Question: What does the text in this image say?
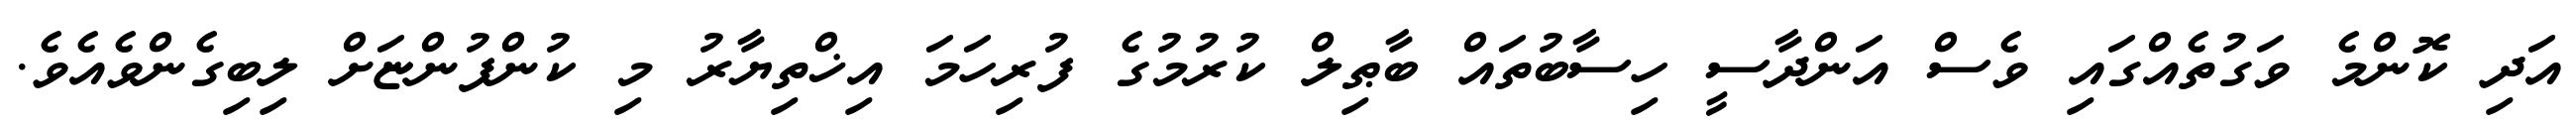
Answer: އަދި ކޮންމެ ވަގުތެއްގައި ވެސް އަންދާސީ ހިސާބުތައް ބާޠިލް ކުރުމުގެ ފުރިހަމަ އިޚްތިޔާރު މި ކުންފުންޏަށް ލިބިގެންވެއެވެ.